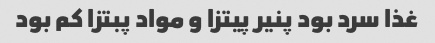
غذا سرد بود پنیر پیتزا و مواد پبتزا کم بود